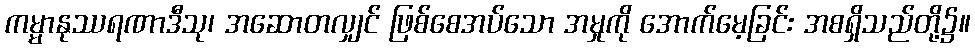
ကမ္မာနုဿရဏာဒီသု၊ အဆောတလျှင် ဖြစ်စေအပ်သော အမှုကို အောက်မေ့ခြင်း အစရှိသည်တို့၌။